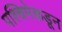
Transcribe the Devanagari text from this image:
पश्‍चिमेकडून